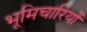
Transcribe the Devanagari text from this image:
भूमिचारियों